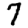
Digit: 7